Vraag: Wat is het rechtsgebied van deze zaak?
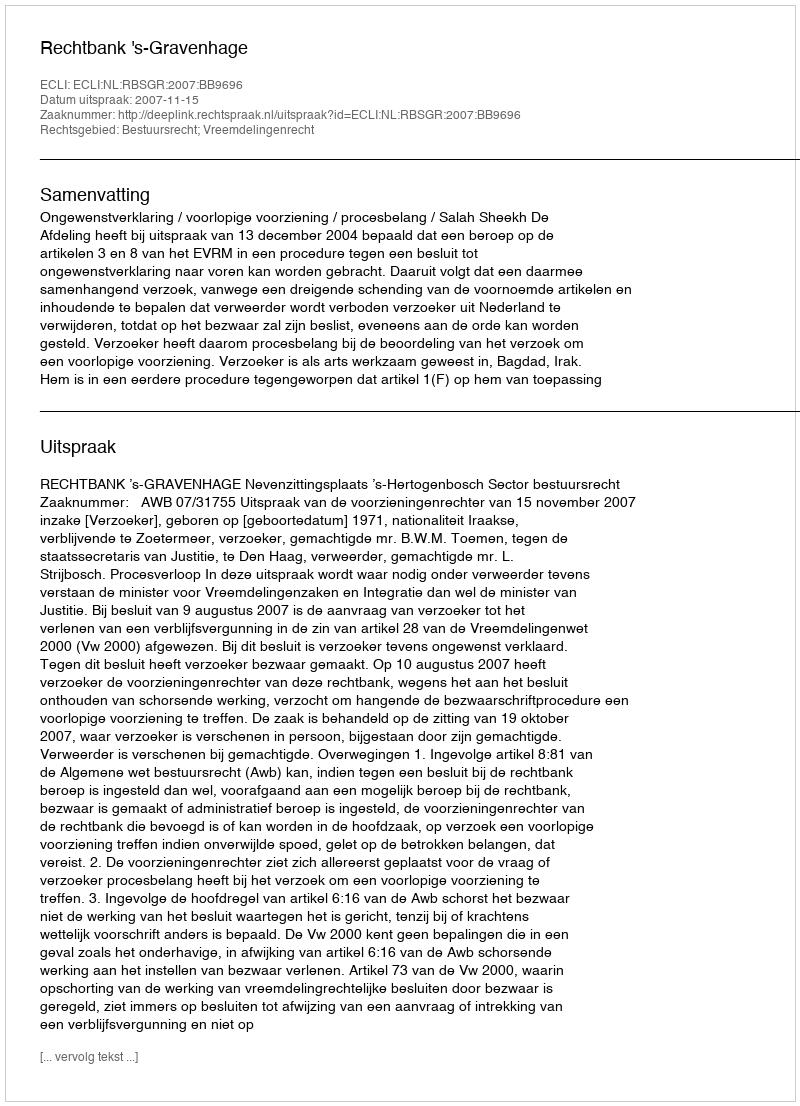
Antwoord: Bestuursrecht; Vreemdelingenrecht